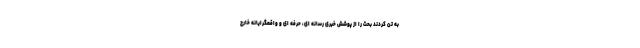
به تن کردند بحث را از پوشش خبری رسانه ای، حرفه ای و واقعگرایانه خارج